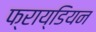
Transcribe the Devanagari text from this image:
फ्राय्डियन